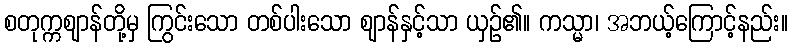
စတုက္ကဈာန်တို့မှ ကြွင်းသော တစ်ပါးသော ဈာန်နှင့်သာ ယှဉ်၏။ ကသ္မာ၊ အဘယ့်ကြောင့်နည်း။